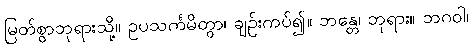
မြတ်စွာဘုရားသို့။ ဥပသင်္ကမိတွာ၊ ချဉ်းကပ်၍။ ဘန္တေ၊ ဘုရား။ ဘဂဝါ၊